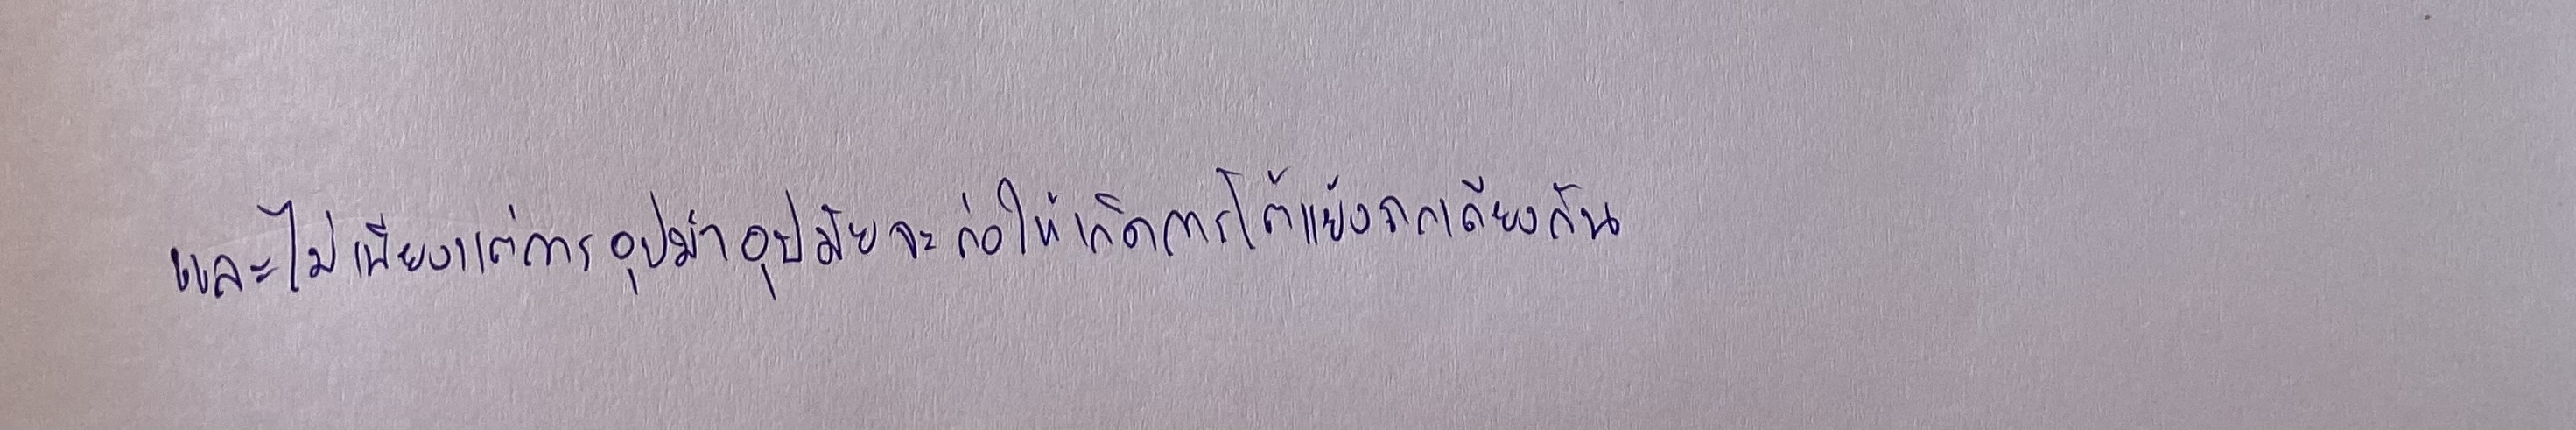
และไม่เพียงแต่การอุปมาอุปมัยจะก่อให้เกิดการโต้แย้งถกเถียงเท่านั้น